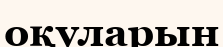
оқуларын